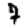
Digit: 7